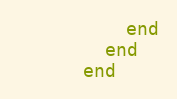
Language: Ruby
          end
        end
      end